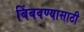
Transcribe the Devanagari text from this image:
बिंबवण्यासाठी